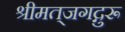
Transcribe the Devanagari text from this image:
श्रीमत्‌जगद्गुरू